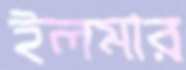
ইলমার